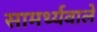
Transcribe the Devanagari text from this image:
सामर्थ्यवाले